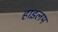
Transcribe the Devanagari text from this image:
हाइलम